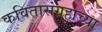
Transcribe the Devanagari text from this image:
कवितासंग्रहाच्या